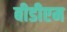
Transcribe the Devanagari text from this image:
बीडीएम